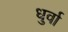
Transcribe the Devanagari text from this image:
धुर्वा